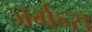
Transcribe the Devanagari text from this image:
जर्गन्स